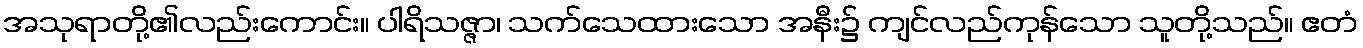
အသုရာတို့၏လည်းကောင်း။ ပါရိသဇ္ဇာ၊ သက်သေထားသော အနီး၌ ကျင်လည်ကုန်သော သူတို့သည်။ ဧတံ